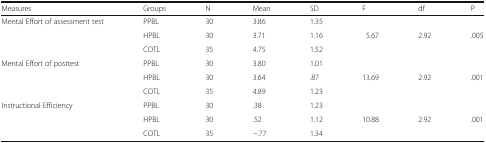
| Measures | Groups | N | Mean | SD | F | df | P |
 | --- | --- | --- | --- | --- | --- | --- | --- |
 | <ROWSPAN=3> Mental Effort of assessment test | PPBL | 30 | 3.86 | 1.35 |  |  |  |
 | HPBL | 30 | 3.71 | 1.16 | 5.67 | 2.92 | .005 |
 | COTL | 35 | 4.75 | 1.52 |  |  |  |
 | <ROWSPAN=3> Mental Effort of posttest | PPBL | 30 | 3.80 | 1.01 |  |  |  |
 | HPBL | 30 | 3.64 | .87 | 13.69 | 2.92 | .001 |
 | COTL | 35 | 4.89 | 1.23 |  |  |  |
 | <ROWSPAN=3> Instructional Efficiency | PPBL | 30 | .38 | 1.23 |  |  |  |
 | HPBL | 30 | .52 | 1.12 | 10.88 | 2.92 | .001 |
 | COTL | 35 | −.77 | 1.34 |  |  |  |